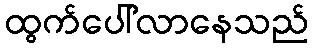
ထွက်ပေါ်လာနေသည်